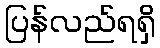
ပြန်လည်ရရှိ